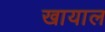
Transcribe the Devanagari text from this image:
खायाल